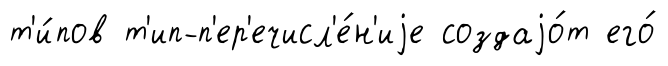
т'и́пов т'ип-п'ер'ечисл'е́н'иjе создаjо́т его́